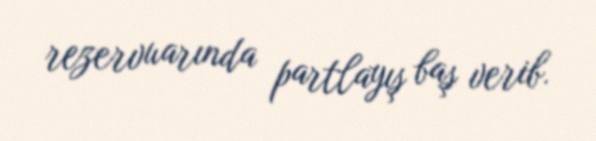
rezervuarında partlayış baş verib.